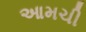
આમચી